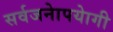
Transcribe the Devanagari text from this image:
सर्वजनाेपयाेगी